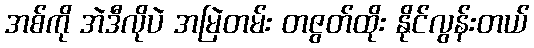
အစ်ကို အဲဒီလိုပဲ အမြဲတမ်း တဇွတ်ထိုး နိုင်လွန်းတယ်